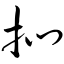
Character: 扪